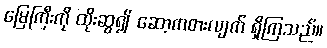
မြေကြီးကို ထိုးဆွ၍ ဆော့ကစားလျက် ရှိကြသည်။